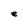
Character: e